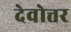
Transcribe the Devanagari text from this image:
देवोत्तर